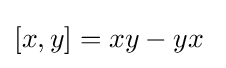
[x,y]=xy-yx~